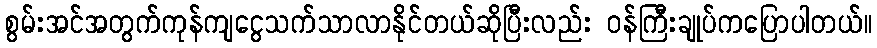
စွမ်းအင်အတွက်ကုန်ကျငွေသက်သာလာနိုင်တယ်ဆိုပြီးလည်း ဝန်ကြီးချုပ်ကပြောပါတယ်။